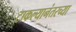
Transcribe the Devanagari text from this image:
टाकल्यानंतरच्या